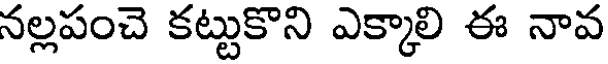
నల్లపంచె కట్టుకొని ఎక్కాలి ఈ నావ